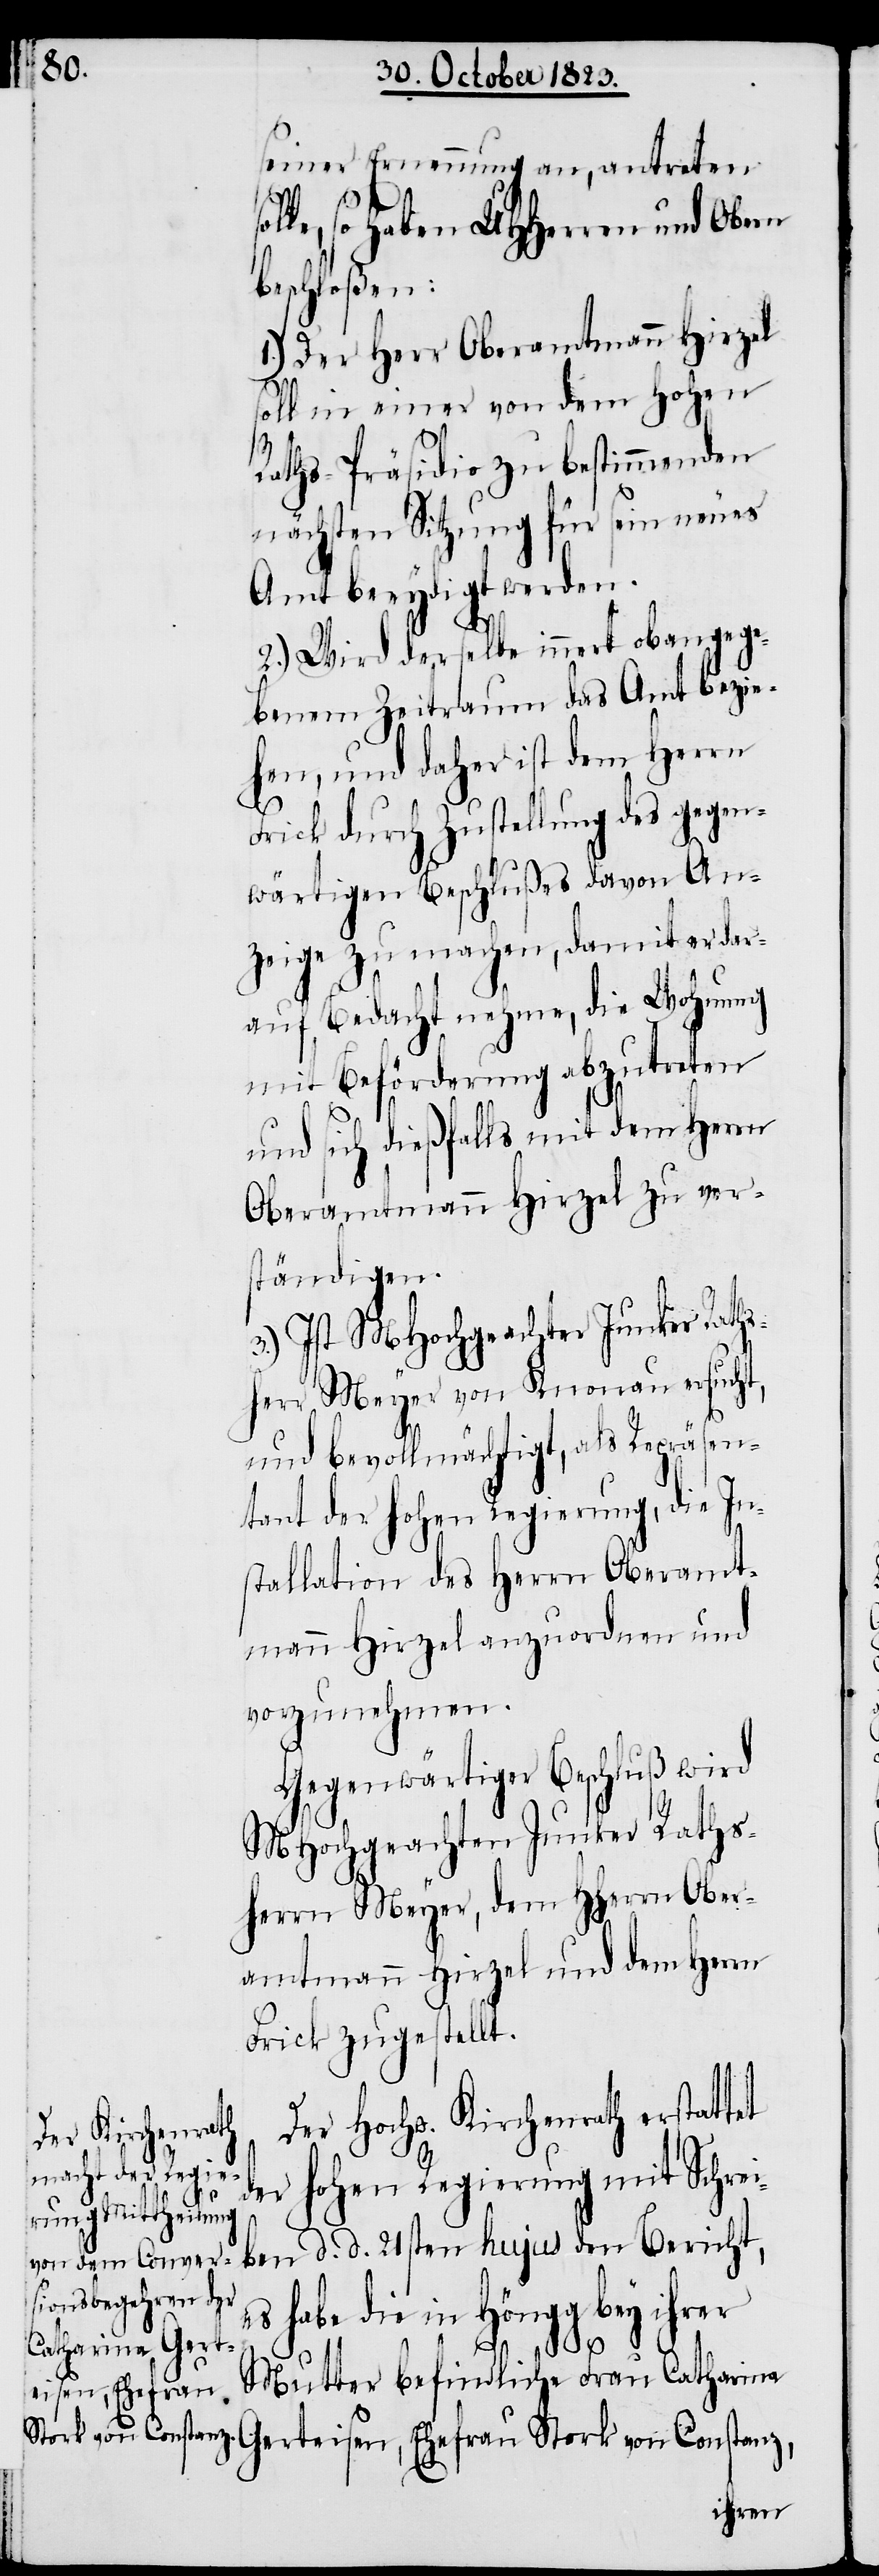
seiner Ernennung an, antreten
lle, so haben UHHerren und Obern
beschloßen:
1.) Der Herr Oberamtmann Hirzel
soll in einer von dem Hohen
Raths-Präsidio zu bestimmenden
nächsten Sitzung für sein neues
Amt beeydigt werden.
2.) Wird derselbe innert obangege¬
benem Zeitraum das Amt bezie¬
hen, und daher ist dem Herrn
Frick durch Zustellung des gegen¬
wärtigen Beschlußes davon An¬
zeige zu machen, damit er dar¬
auf Bedacht nehme, die Wohnung
mit Beförderung abzutreten
und sich dießfalls mit dem Herrn
Oberamtmann Hirzel zu ver¬
ständigen.
3.) Ist MHochgeachter Junker Raths¬
herr Meyer von Knonau ersucht,
und bevollmächtigt, als Repräsen¬
tant der hohen Regierung, die In¬
stallation des Herrn Oberamt¬
mann Hirzel anzuordnen und
vorzunehmen.
Gegenwärtiger Beschluß wird
MHochgeachten Junker Raths¬
herrn Meyer, dem HHerrn Ober¬
amtmann Hirzel und dem Herrn
Frick zugestellt.
Der Hochw. Kirchenrath erstattet
der hohen Regierung mit Schrei¬
Ger¬
es habe die in Höngg bey ihrer
Mutter befindliche Frau Catharina
teisen, Ehefrau